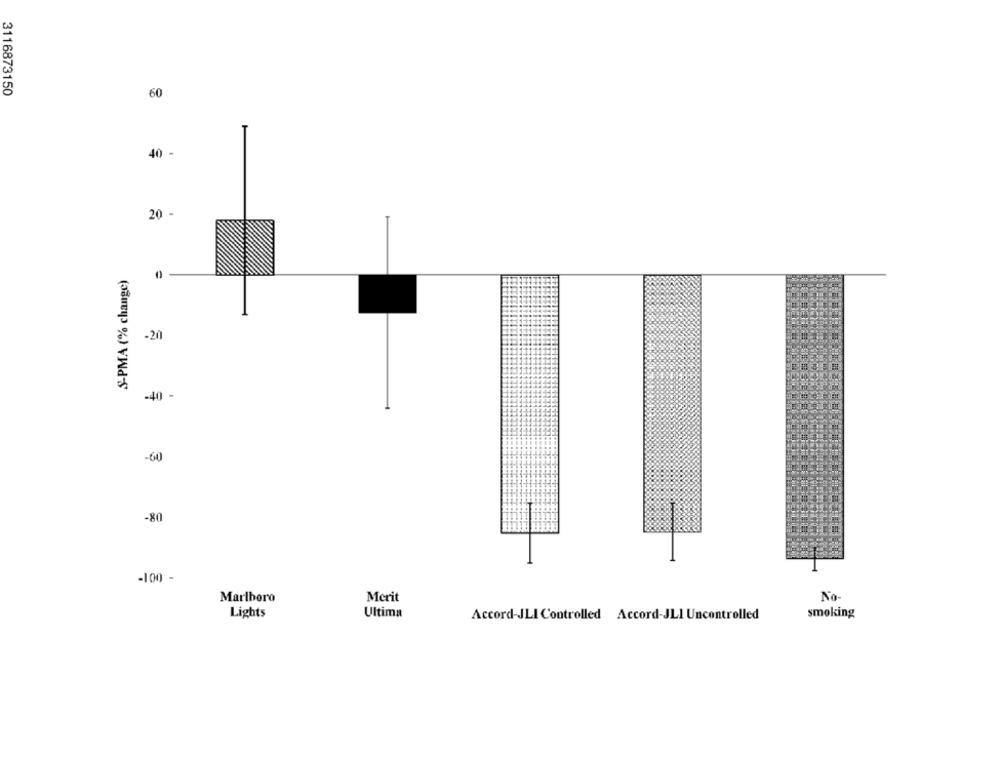
3116873150
60
40 -
20 -
S-PMA (% change)
0-
-20
-40 -
-60
-80
-100 -
Marlboro
Merit
No-
Lights
Ultima
Accord-JLI Controlled Accord-JLI Uncontrolled
smoking